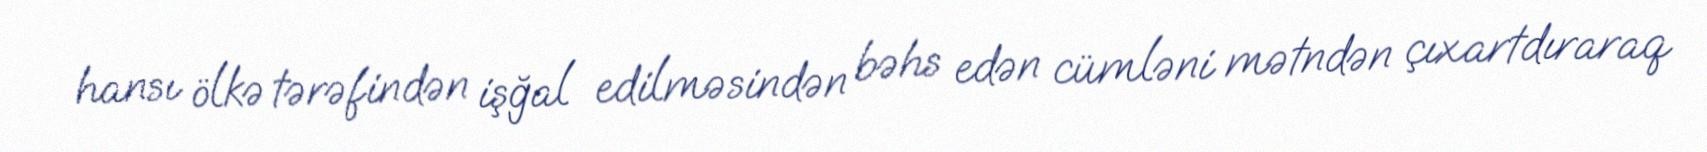
hansı ölkə tərəfindən işğal edilməsindən bəhs edən cümləni mətndən çıxartdıraraq